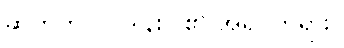
ဆက်ကပ်လှူဒါန်းပါ၏ အရှင်ဘုရား။